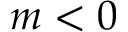
m < 0